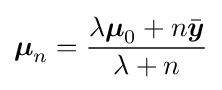
{\boldsymbol {\mu }}_{n}={\frac {\lambda {\boldsymbol {\mu }}_{0}+n{\bar {\boldsymbol {y}}}}{\lambda +n}}